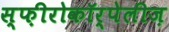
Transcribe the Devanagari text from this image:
स्फ़ीरोकॉर्पेलीज़